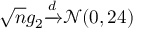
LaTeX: { \sqrt { n } } g _ { 2 } { \xrightarrow { d } } { \mathcal { N } } ( 0 , 2 4 )